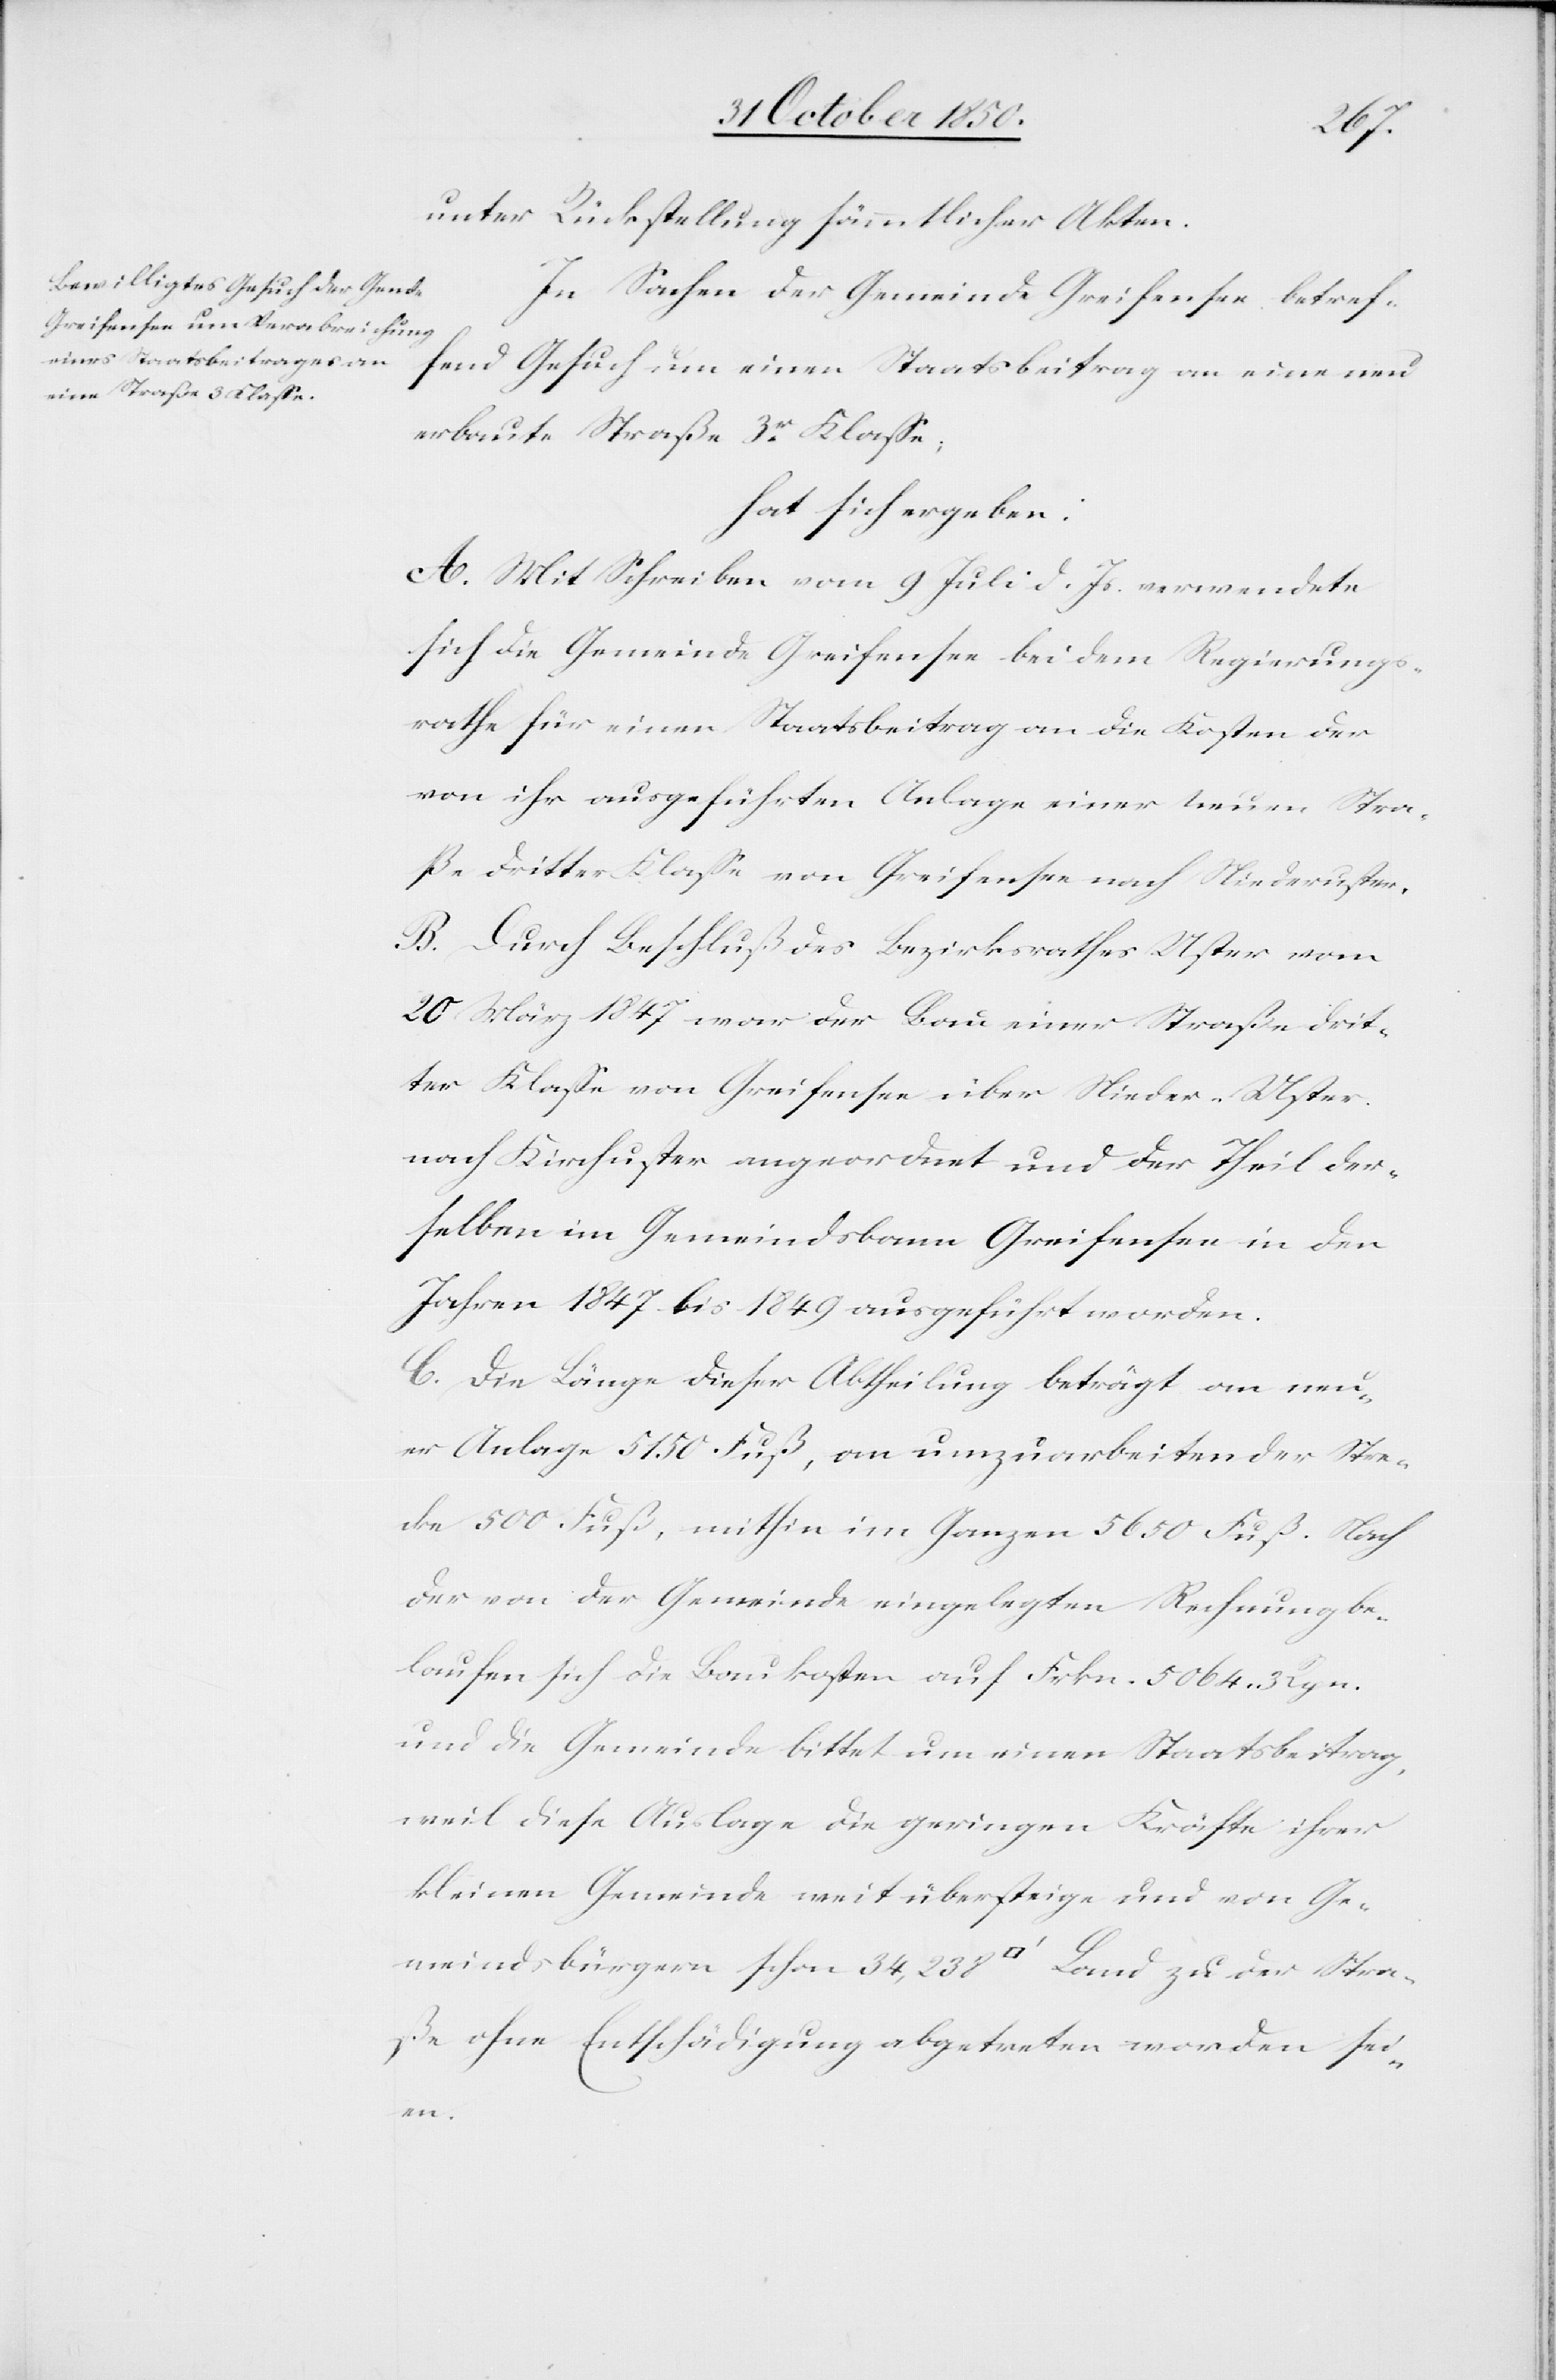
unter Rückstellung sämmtlicher Akten.
In Sachen der Gemeinde Greifensee betref¬
fend Gesuch um einen staatsbeitrag an eine neu
erbaute Straße 3r Klasse;
hat sich ergeben:
A. Mit Schreiben vom 9 Juli d. Js. verwendete
sich die Gemeinde Greifensee bei dem Regierungs¬
rathe für einen Staatsbeitrag an die Kosten der
von ihr ausgeführten Anlage einer neuen Stra¬
ße dritter Klasse von Greifensee nach Niederuster.
B. Durch Beschluß des Bezirksrathes Uster vom
20 März 1847 war der Bau einer Straße drit¬
ter Klasse von Greifensee über Nieder-Uster
nach Kirchuster angeordnet und der Theil der¬
selben im Gemeindsbann Greifensee in den
Jahren 1847 bis 1849 ausgeführt worden.
C. Die Länge dieser Abtheilung beträgt an neu¬
er Anlage 5150 Fuß, an umzuarbeitender Stre¬
cke 500 Fuß, mithin im Ganzen 5650 Fuß. Nach
der von der Gemeinde eingelegten Rechnung be¬
laufen sich die Baukosten auf Frkn. 5064. 3 Rpn.
und die Gemeinde bittet um einen staatsbeitrag,
weil diese Auslage die geringen Kräfte ihrer
kleinen Gemeinde mit übersteige und von Ge¬
meindsbürgern schon 34,238 [Quadratfuss] Land zu der Stra¬
ße ohne Entschädigung abgetreten worden sei¬
en.